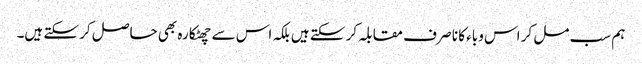
ہم سب مل کر اس وباء کا نا صر ف مقابلہ کر سکتے ہیں بلکہ اس سے چھٹکارہ بھی حاصل کر سکتے ہیں۔